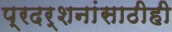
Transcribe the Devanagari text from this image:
प्रदर्शनांसाठीही